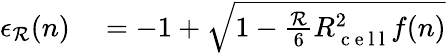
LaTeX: \begin{array}{rl}{\epsilon_{\mathcal{R}}(n)}&{{}=-1+\sqrt{1-\frac{\mathcal{R}}{6}R_{\mathrm{~c~e~l~l~}}^{2}f(n)}}\end{array}